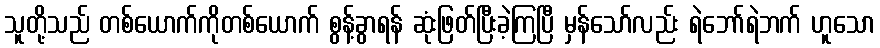
သူတို့သည် တစ်ယောက်ကိုတစ်ယောက် စွန့်ခွာရန် ဆုံးဖြတ်ပြီးခဲ့ကြပြီ မှန်သော်လည်း ရဲဘော်ရဲဘက် ဟူသော